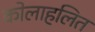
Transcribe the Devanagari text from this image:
कोलाहलित